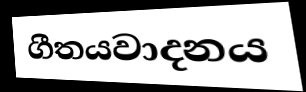
ගීතයවාදනය